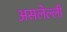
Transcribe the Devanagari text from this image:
असलेल्ली